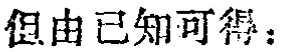
但由已知可得：